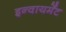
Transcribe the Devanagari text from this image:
इन्वायर्मेंट